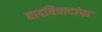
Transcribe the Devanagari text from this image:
वादविवादांचा